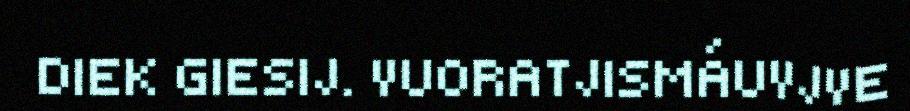
DIEK GIESIJ. VUORATJISMÁUVJVE